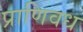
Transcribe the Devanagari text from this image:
प्राणिवध